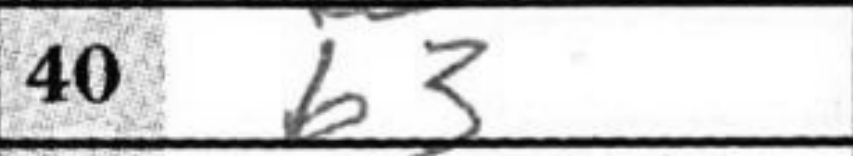
Transcription: b3